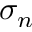
\sigma _ { n }